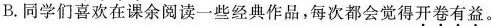
B.同学们喜欢在课余阅读一些经典作品，每次都会觉得开卷有益。